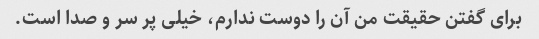
برای گفتن حقیقت من آن را دوست ندارم، خیلی پر سر و صدا است.